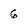
Character: 6